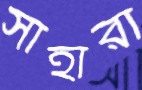
সাহারা